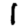
Digit: 1